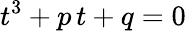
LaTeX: t^{3}+p\, t+q=0